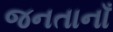
જનતાનાઁ